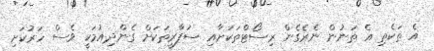
އެ ތަކެތި އެ ތަނުން ނެރެގެން ރިސޯޓްތަކަށާއި ސަފާރީތަކަށް ގެންދިއުމަކީ ވެސް ހަރުކަށި